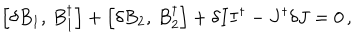
\left[ \delta B _ { 1 } , \, B _ { 1 } ^ { \dagger } \right] + \left[ \delta B _ { 2 } , \, B _ { 2 } ^ { \dagger } \right] + \delta I I ^ { \dagger } - J ^ { \dagger } \delta J = 0 \, ,